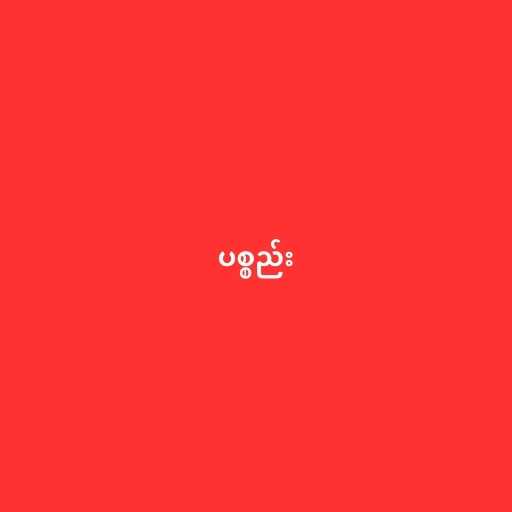
ပစ္စည်း